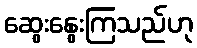
ဆွေးနွေးကြသည်ဟု